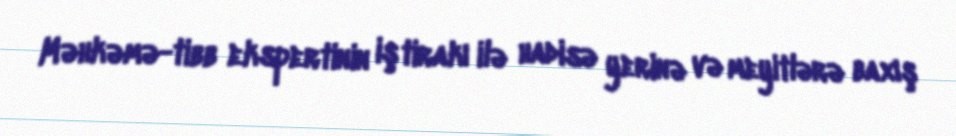
Məhkəmə-tibb ekspertinin iştirakı ilə hadisə yerinə və meyitlərə baxış